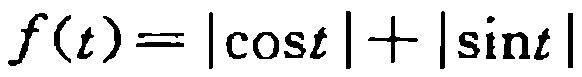
\(f(t)=|\cos t|+|\sin t|\)